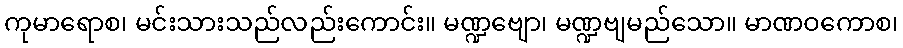
ကုမာရောစ၊ မင်းသားသည်လည်းကောင်း။ မဏ္ဍဗျော၊ မဏ္ဍဗျမည်သော။ မာဏဝကောစ၊